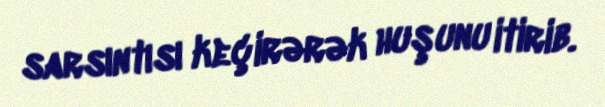
sarsıntısı keçirərək huşunu itirib.